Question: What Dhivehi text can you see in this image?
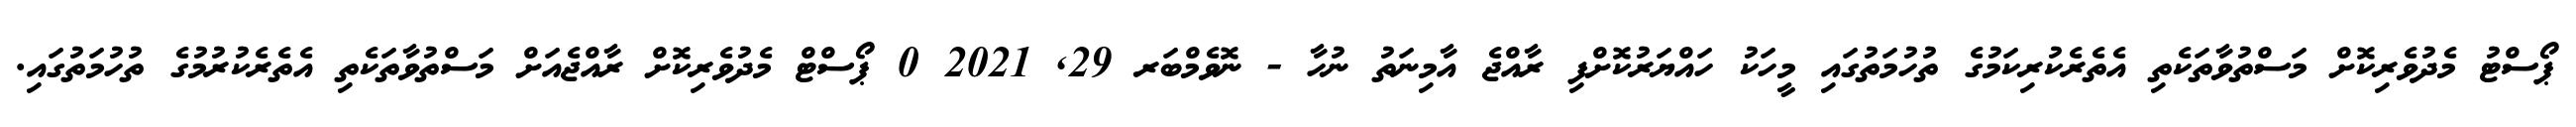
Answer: ޕޯސްޓު މެދުވެރިކޮށް މަސްތުވާތަކެތި އެތެރެކުރިކަމުގެ ތުހުމަތުގައި މީހަކު ހައްޔަރުކޮށްފި ރާއްޖެ އާމިނަތު ނުހާ - ނޮވެމްބަރ 29, 2021 0 ޕޯސްޓް މެދުވެރިކޮށް ރާއްޖެއަށް މަސްތުވާތަކެތި އެތެރެކުރުމުގެ ތުހުމަތުގައި.